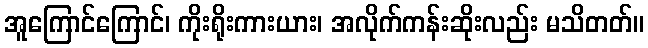
အူကြောင်ကြောင်၊ ကိုးရိုးကားယား၊ အလိုက်ကန်းဆိုးလည်း မသိတတ်။